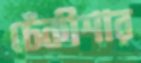
ঢেঁকীশার